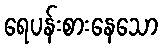
ရေပန်းစားနေသော